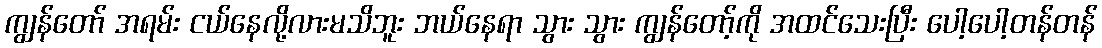
ကျွန်တော် အရမ်း ငယ်နေလို့လားမသိဘူး ဘယ်နေရာ သွား သွား ကျွန်တော့်ကို အထင်သေးပြီး ပေါ့ပေါ့တန်တန်